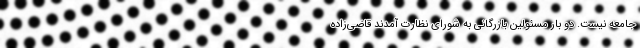
جامعه نیست. دو بار مسئولین بازرگانی به شورای نظارت آمدند قاضی‌زاده